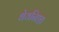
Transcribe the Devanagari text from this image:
धेयनिष्ठा